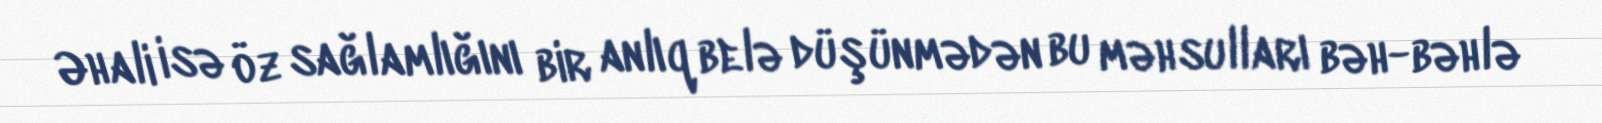
Əhali isə öz sağlamlığını bir anlıq belə düşünmədən bu məhsulları bəh-bəhlə